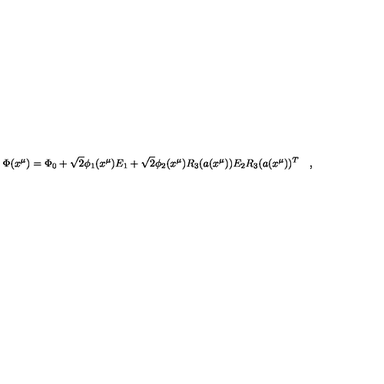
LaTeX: \Phi ( x ^ { \mu } ) = \Phi _ { 0 } + \sqrt { 2 } \phi _ { 1 } ( x ^ { \mu } ) E _ { 1 } + \sqrt { 2 } \phi _ { 2 } ( x ^ { \mu } ) R _ { 3 } ( a ( x ^ { \mu } ) ) E _ { 2 } R _ { 3 } ( a ( x ^ { \mu } ) ) ^ { T } \quad ,